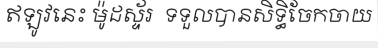
ឥឡូវនេះ ម៉ូដស្ទ័រ  ទទួលបានសិទ្ធិចែកចាយ